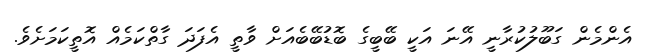
އެންމެން ގަބޫލުކުރާނީ އޭނަ އަކީ ބޭބީގެ ބޮޑުބޭބެއަށް ވާތީ އެފަދަ ގާތްކަމެއް އޮތީކަމަށެވެ.